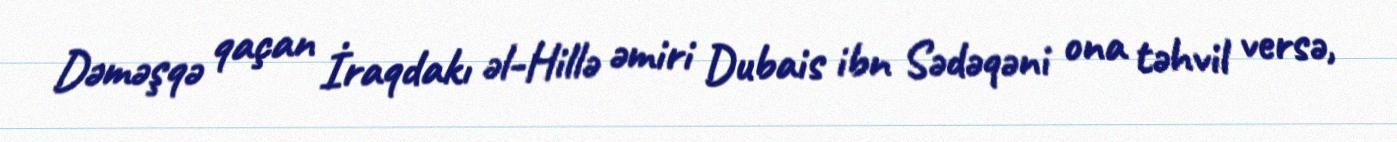
Dəməşqə qaçan İraqdakı əl-Hillə əmiri Dubais ibn Sədəqəni ona təhvil versə,